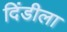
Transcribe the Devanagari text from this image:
दिंडीला